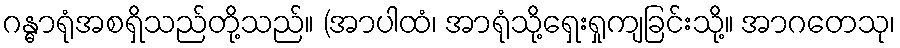
ဂန္ဓာရုံအစရှိသည်တို့သည်။ (အာပါထံ၊ အာရုံသို့ရှေးရှုကျခြင်းသို့။ အာဂတေသု၊